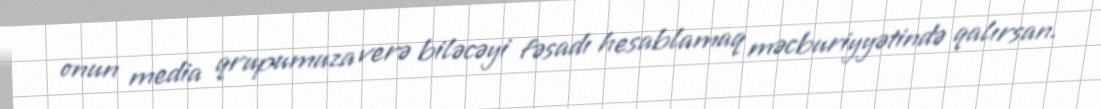
onun media qrupumuza verə biləcəyi fəsadı hesablamaq məcburiyyətində qalırsan.